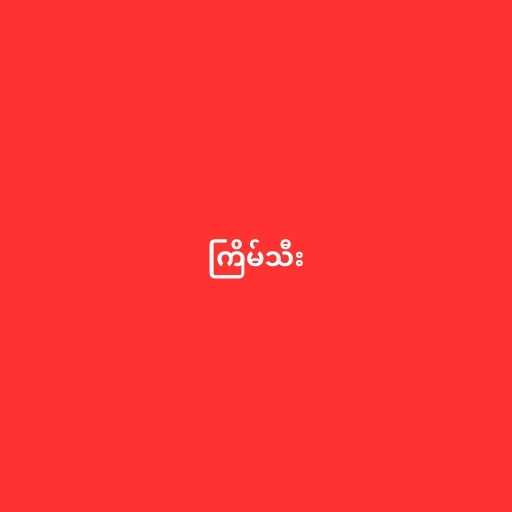
ကြိမ်သီး